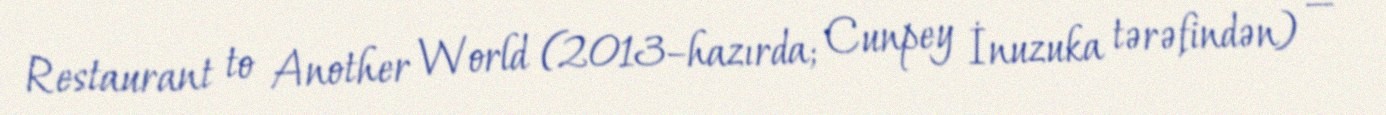
Restaurant to Another World (2013–hazırda; Cunpey İnuzuka tərəfindən) —